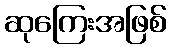
ဆုကြေးအဖြစ်